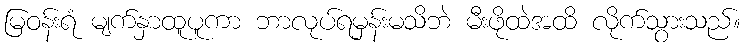
မြဝန်းရံ မျက်နှာထူပူကာ ဘာလုပ်ရမှန်းမသိဘဲ မီးဖိုထဲအထိ လိုက်သွားသည်။